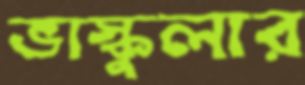
ভাস্কুলার